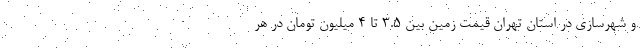
و شهرسازی در استان تهران قیمت زمین بین ۳.۵ تا ۴ میلیون تومان در هر